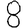
Digit: 8